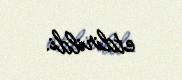
etdirildi.